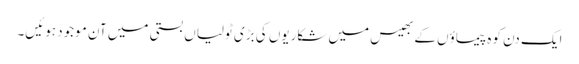
ایک دن کوہ پیماؤں کے بھیس میں شکاریوں کی بڑی ٹولیاں بستی میں آن موجود ہوئیں۔